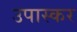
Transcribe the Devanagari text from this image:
उपास्कर